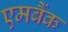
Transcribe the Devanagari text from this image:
एमबैंक